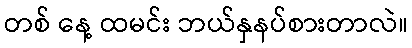
တစ် နေ့ ထမင်း ဘယ်နှနပ်စားတာလဲ။